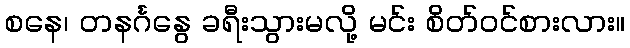
စနေ၊ တနင်္ဂနွေ ခရီးသွားမလို့ မင်း စိတ်ဝင်စားလား။